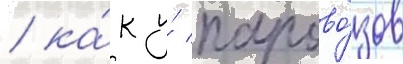
/ ка́к у́ парово́зов